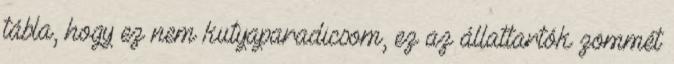
tábla, hogy ez nem kutyaparadicsom, ez az állattartók zömmét